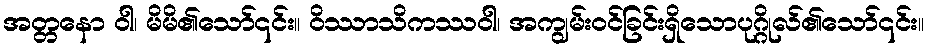
အတ္တနော ဝါ၊ မိမိ၏သော်၎င်း။ ဝိဿာသိကဿဝါ၊ အကျွမ်းဝင်ခြင်းရှိသောပုဂ္ဂိုလ်၏သော်၎င်း။